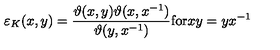
\varepsilon _ { K } ( x , y ) = \frac { \vartheta ( x , y ) \vartheta ( x , x ^ { - 1 } ) } { \vartheta ( y , x ^ { - 1 } ) } \mathrm { f o r } x y = y x ^ { - 1 }